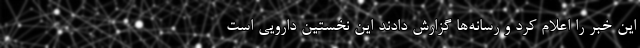
این خبر را اعلام کرد و رسانه‌ها گزارش دادند این نخستین دارویی است